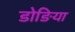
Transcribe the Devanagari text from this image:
डोङिया